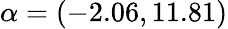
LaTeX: \alpha=(-2.06,11.81)